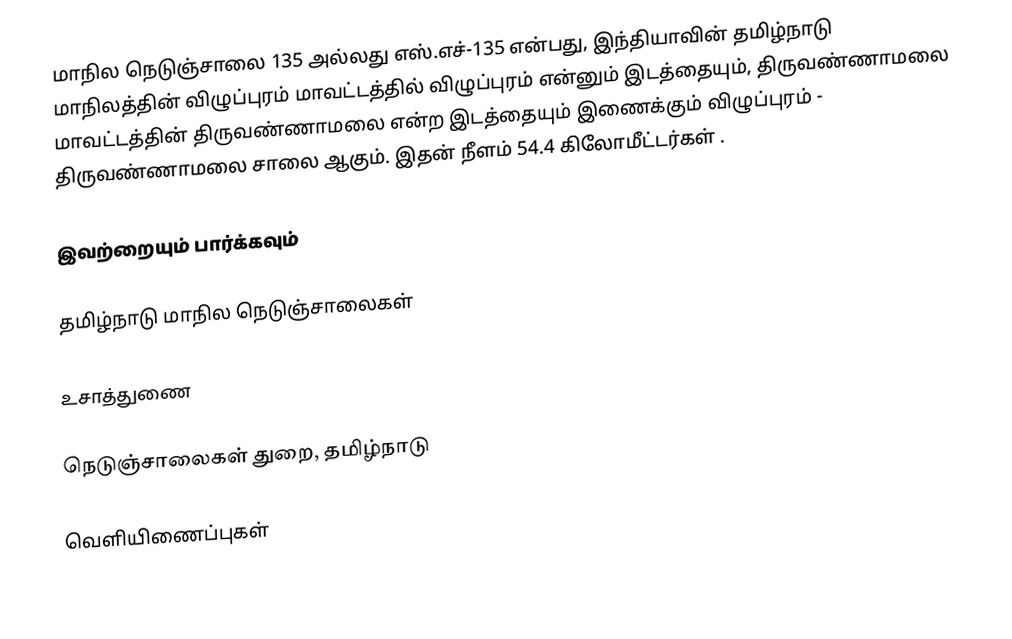
மாநில நெடுஞ்சாலை 135 அல்லது எஸ்.எச்-135  என்பது, இந்தியாவின் தமிழ்நாடு மாநிலத்தின்  விழுப்புரம் மாவட்டத்தில்  விழுப்புரம்  என்னும் இடத்தையும், திருவண்ணாமலை மாவட்டத்தின் திருவண்ணாமலை  என்ற இடத்தையும் இணைக்கும் விழுப்புரம் - திருவண்ணாமலை சாலை ஆகும். இதன் நீளம் 54.4  கிலோமீட்டர்கள் .

இவற்றையும் பார்க்கவும்

 தமிழ்நாடு மாநில நெடுஞ்சாலைகள்

உசாத்துணை

 நெடுஞ்சாலைகள் துறை, தமிழ்நாடு

வெளியிணைப்புகள்